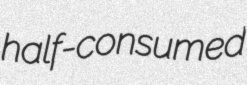
half-consumed